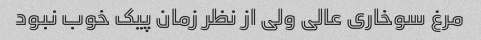
مرغ سوخاری عالی ولی از نظر زمان پیک خوب نبود